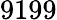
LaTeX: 9199